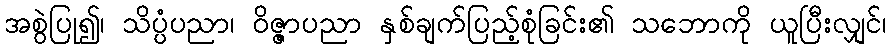
အစွဲပြု၍၊ သိပ္ပံပညာ၊ ဝိဇ္ဇာပညာ နှစ်ချက်ပြည့်စုံခြင်း၏ သဘောကို ယူပြီးလျှင်၊